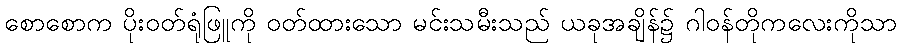
စောစောက ပိုးဝတ်ရုံဖြူကို ဝတ်ထားသော မင်းသမီးသည် ယခုအချိန်၌ ဂါဝန်တိုကလေးကိုသာ